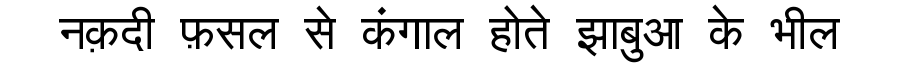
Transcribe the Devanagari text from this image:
नक़दी फ़सल से कंगाल होते झाबुआ के भील